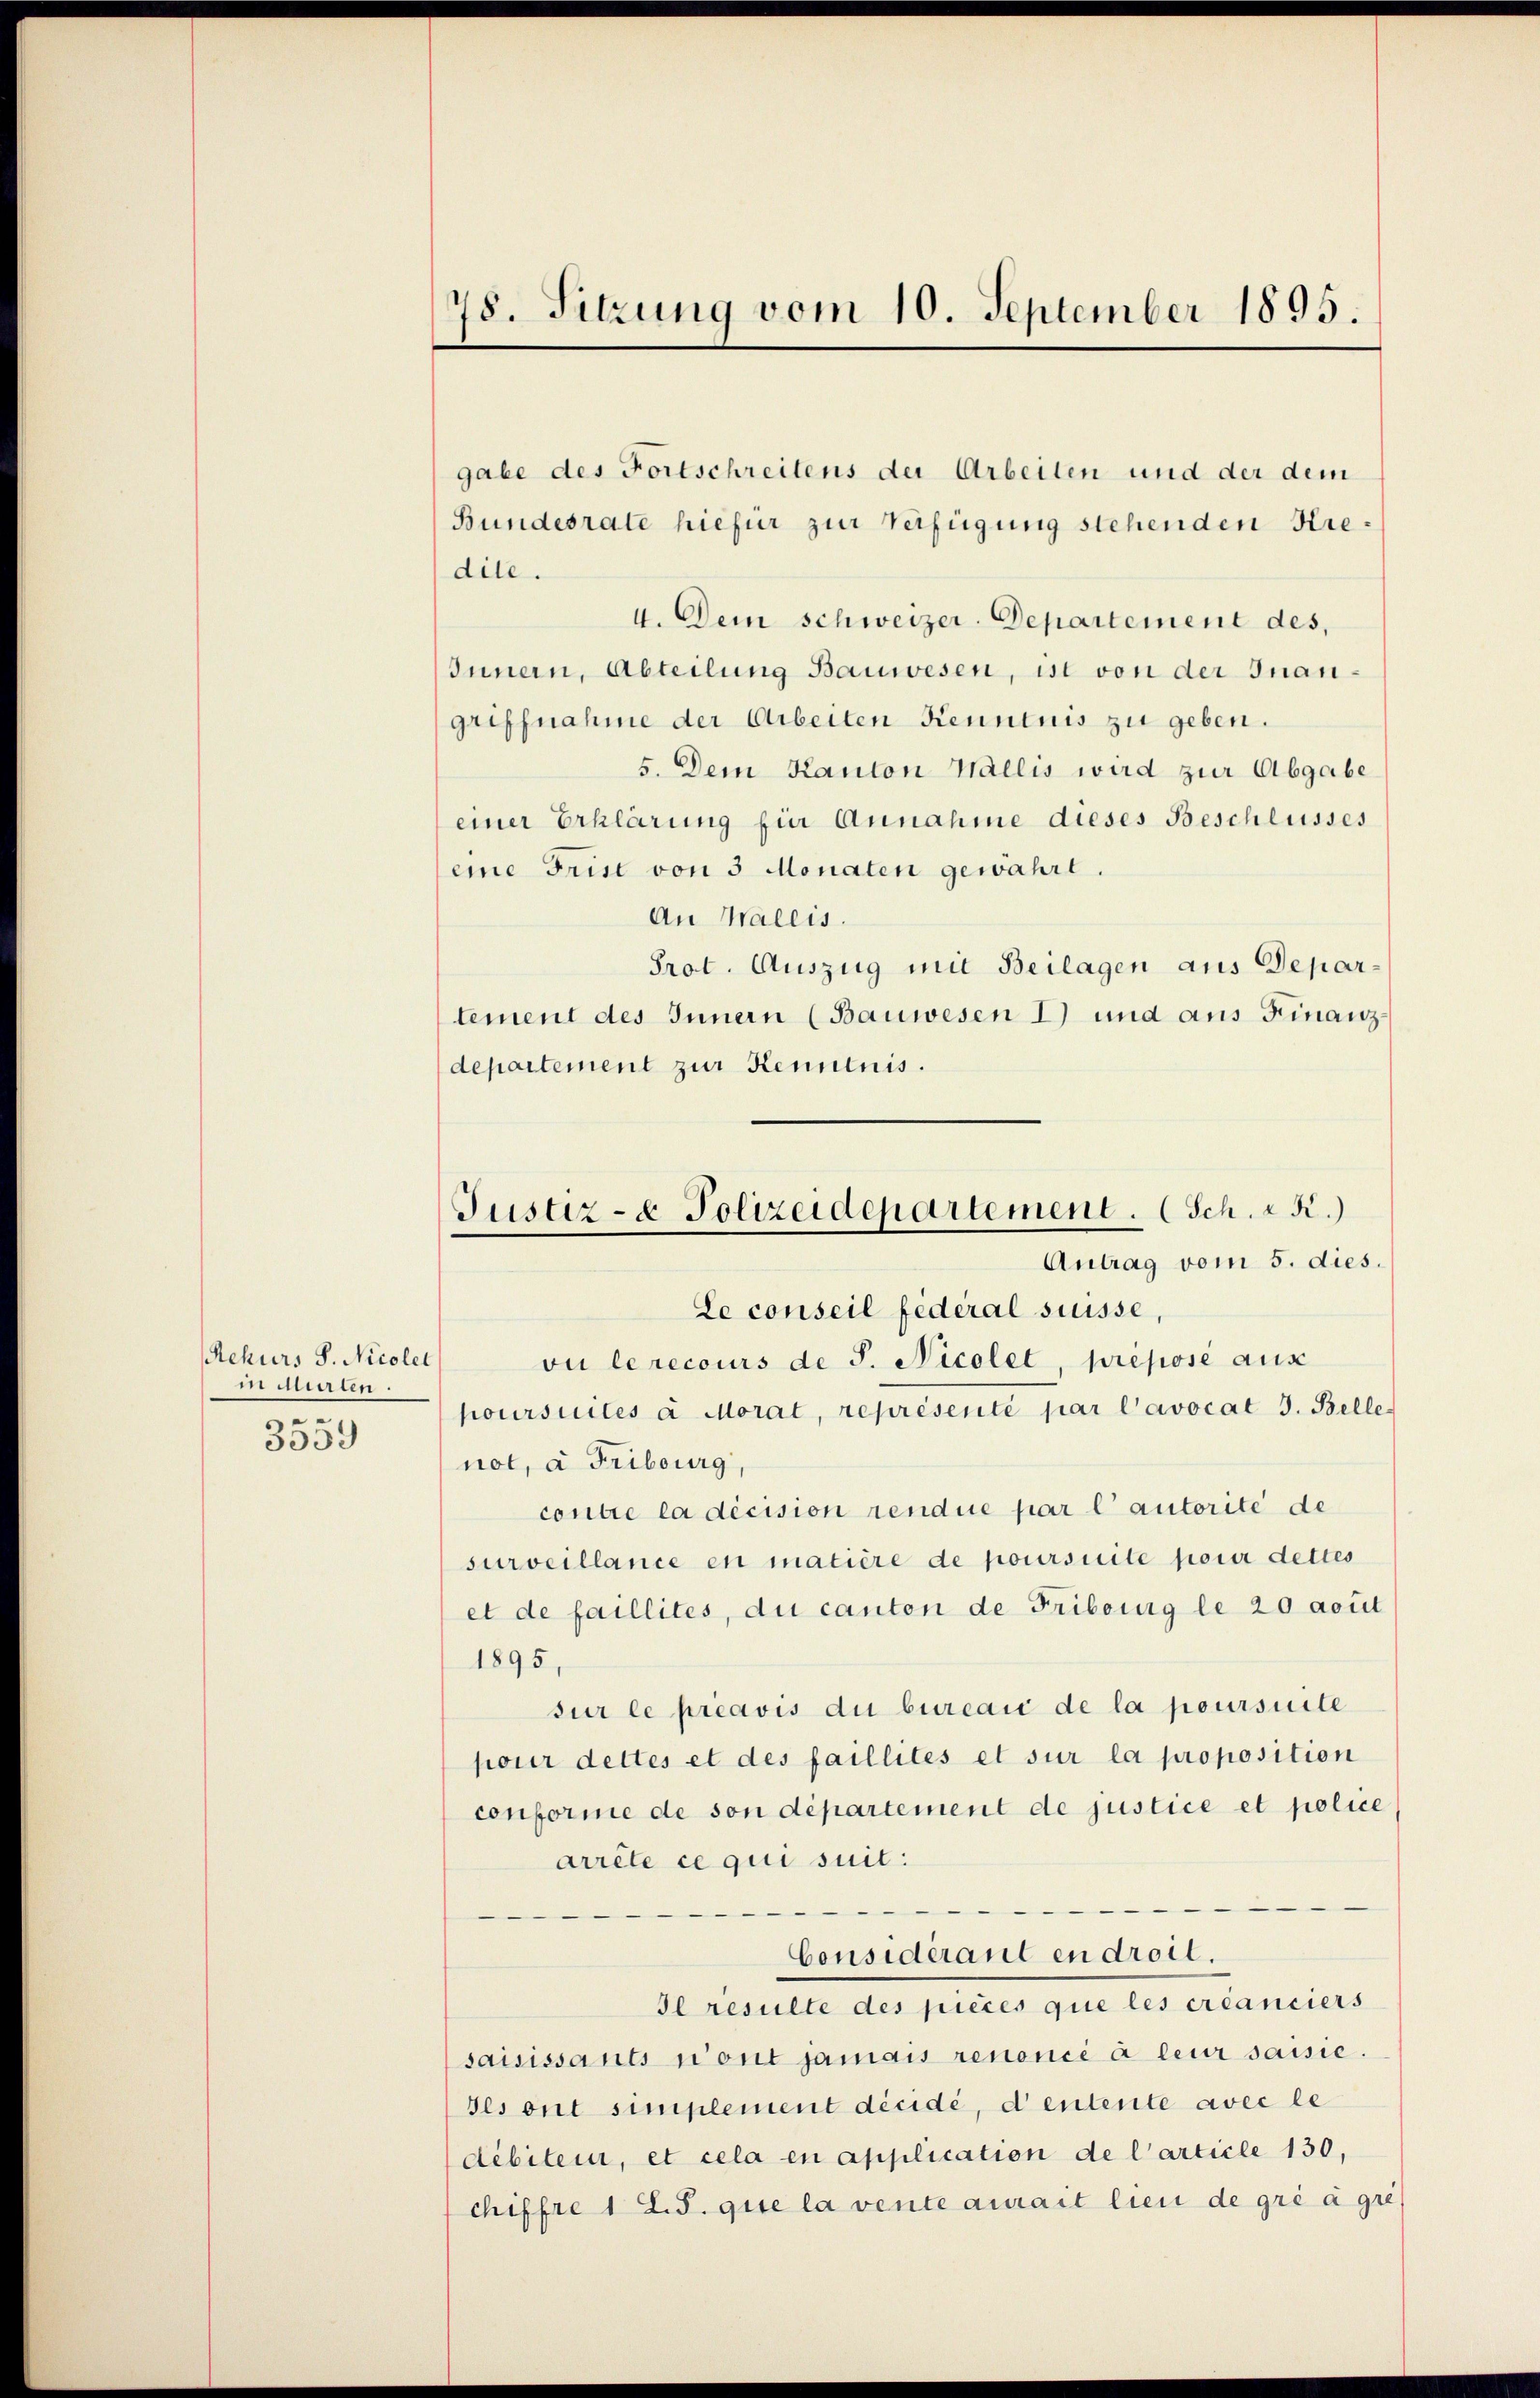
Rekurs S. Nicolel
i suiten.
e
3559

78. Sitzung vom 10. September 1895.

Justiz- & Polizeidepartement. (Sch. R.)
Antrag vom 5. dies

gabe des Fortschreitens der Arbeiten und der dem
Bundesrate hiefür zur Verfügung stehenden Hiedile.
4. Dem Schweizer. Departement des,
Innern, Abteilung Bauwesen, ist von der Inangriffnahme der Arbeiten Kenntnis zu geben.
5. Dem Kanton Wallis wird zur Abgabe
einer Erklärung für Annahme dieses Beschlusses
eine Frist von 3 Monaten gewahrt.
An Wallis.
Prot. Auszug mit Beilagen aus Departement des Innern (Bauwesen 1) und aus Finanzdepartement zur Kenntnis.
Le conseil fédéral suisse
vu lerecours de S. Nicolet, prépose aus
poursuites a Morat, représenté par l’avocat J. Belle-
not, à Fribourg,
contre la décision rendue par l’autorité de
surveillance en matière de poursuite pour dettes
et de faillites, du canton de Fribourg le 20 avut
1895,
sur le préavis du bureaić de la poursuite
pour dettes et des faillités et sur la proposition
conforme de son département de justice et police
arrête ce qui suit:
e
Considérant en droit.
Il resulte des pièces que les créanciers
saisissants n’ont jamais renoncé à leur saisie
ses ont simplement décidé, d’entente avec le
débiteur, et cela en application de l’article 130,
chiffre 1 S. S. que la vente aurait lieu de gré à gre